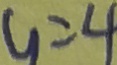
y = 4